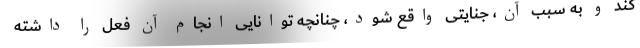
کند و به سبب آن، جنایتی واقع شود، چنانچه توانایی انجام آن فعل را داشته